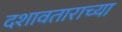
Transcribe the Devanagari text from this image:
दशावताराच्या